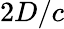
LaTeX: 2D/c